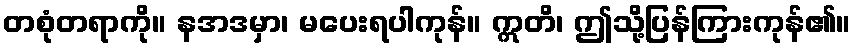
တစုံတရာကို။ နအဒမှာ၊ မပေးရပါကုန်။ ဣတိ၊ ဤသို့ပြန်ကြားကုန်၏။